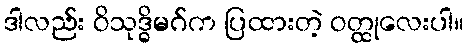
ဒါလည်း ဝိသုဒ္ဓိမဂ်က ပြထားတဲ့ ဝတ္ထုလေးပါ။